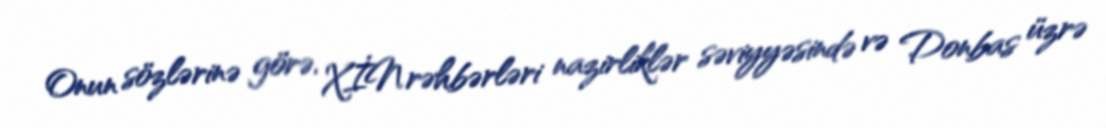
Onun sözlərinə görə, XİN rəhbərləri nazirliklər səviyyəsində və Donbas üzrə